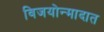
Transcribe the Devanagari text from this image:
विजयोन्मादात